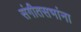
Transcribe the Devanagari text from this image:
संगीतसभांना